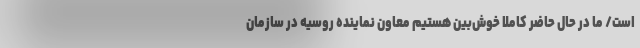
است/ ما در حال حاضر کاملا خوش‌بین هستیم معاون نماینده روسیه در سازمان